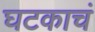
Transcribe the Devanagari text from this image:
घटकाचं